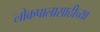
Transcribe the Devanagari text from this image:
लोकपालासाठीच्या